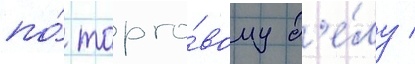
по́ торго́вому д'е́лу /